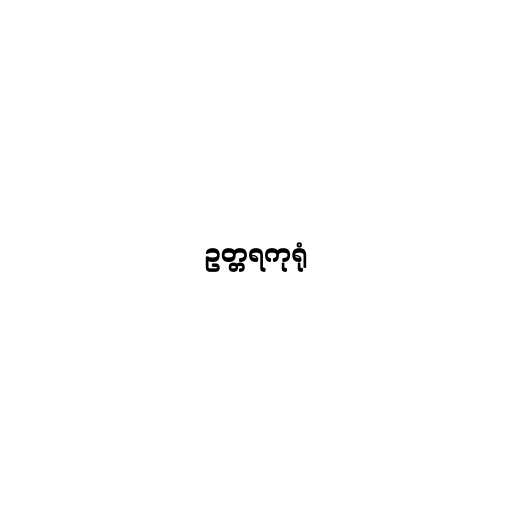
ဥတ္တရကုရုံ